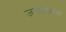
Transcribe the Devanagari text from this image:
जनगणमना